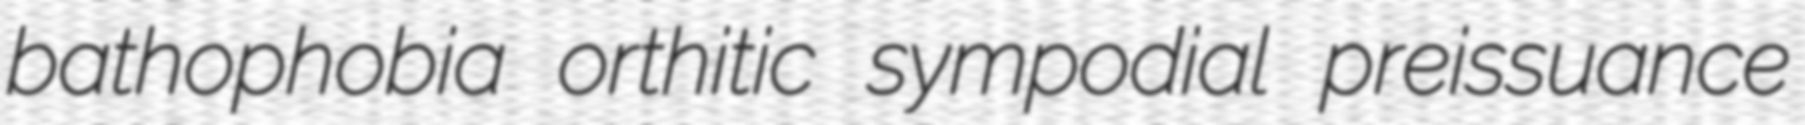
bathophobia orthitic sympodial preissuance